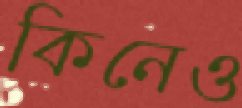
কিনেও